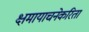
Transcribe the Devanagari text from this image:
क्षमायाचनेकरिता